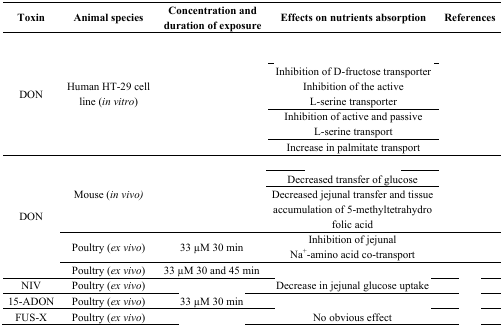
<table><thead><tr><td><b>Toxin</b></td><td><b>Animal species</b></td><td><b>Concentration and duration of exposure</b></td><td><b>Effects on nutrients absorption</b></td><td><b>References</b></td></tr></thead><tbody><tr><td rowspan="4">DON</td><td rowspan="4">Human HT-29 cell line (<i>in vitro</i>)</td><td rowspan="4">[EMPTY_CELL]</td><td>[EMPTY_CELL]</td><td rowspan="4">[EMPTY_CELL]</td></tr><tr><td>Inhibition of D-fructose transporterInhibition of the active L-serine transporter</td></tr><tr><td>Inhibition of active and passive L-serine transport</td></tr><tr><td>Increase in palmitate transport</td></tr><tr><td rowspan="5">DON</td><td rowspan="3">Mouse (<i>in vivo</i>)</td><td rowspan="3">[EMPTY_CELL]</td><td>[EMPTY_CELL]</td><td rowspan="3">[EMPTY_CELL]</td></tr><tr><td>Decreased transfer of glucose</td></tr><tr><td>Decreased jejunal transfer and tissue accumulation of 5-methyltetrahydro folic acid</td></tr><tr><td>Poultry (<i>ex vivo</i>)</td><td>33 μM 30 min</td><td>Inhibition of jejunal Na<sup>+</sup>-amino acid co-transport</td><td>[EMPTY_CELL]</td></tr><tr><td>Poultry (<i>ex vivo</i>)</td><td>33 μM 30 and 45 min</td><td>[EMPTY_CELL]</td><td>[EMPTY_CELL]</td></tr><tr><td>NIV</td><td>Poultry (<i>ex vivo</i>)</td><td>[EMPTY_CELL]</td><td>Decrease in jejunal glucose uptake</td><td>[EMPTY_CELL]</td></tr><tr><td>15-ADON</td><td>Poultry (<i>ex vivo</i>)</td><td>33 μM 30 min</td><td>[EMPTY_CELL]</td><td>[EMPTY_CELL]</td></tr><tr><td>FUS-X</td><td>Poultry (<i>ex vivo</i>)</td><td>[EMPTY_CELL]</td><td>No obvious effect</td><td>[EMPTY_CELL]</td></tr></tbody></table>